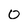
Character: 0